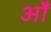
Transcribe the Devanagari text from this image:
ऑं